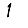
Digit: 1